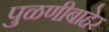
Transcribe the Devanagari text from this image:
पुळणीबाहेर